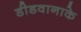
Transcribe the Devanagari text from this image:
डीडवानाके